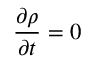
\frac { \partial \rho } { \partial t } = 0